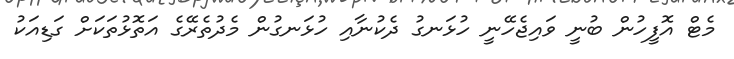
މެޓް އޮފީހުން ބުނީ ވައިޖެހޭނީ ހުޅަނގު ދެކުނާއި ހުޅަނގުން މެދުތެރޭގެ އަތޮޅުތަކަށް ގަޑިއަކު